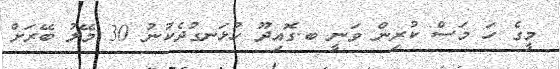
މީގެ ހަ މަސް ކުރިން ވަނީ ބ.ގޮއިދޫ ހުޅަނގުދެކުނު 30 މޭލު ބޭރަށް